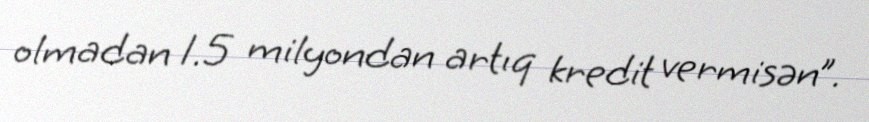
olmadan 1.5 milyondan artıq kredit vermisən”.